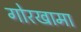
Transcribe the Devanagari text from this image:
गोरखामा